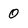
Character: 0